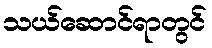
သယ်ဆောင်ရာတွင်